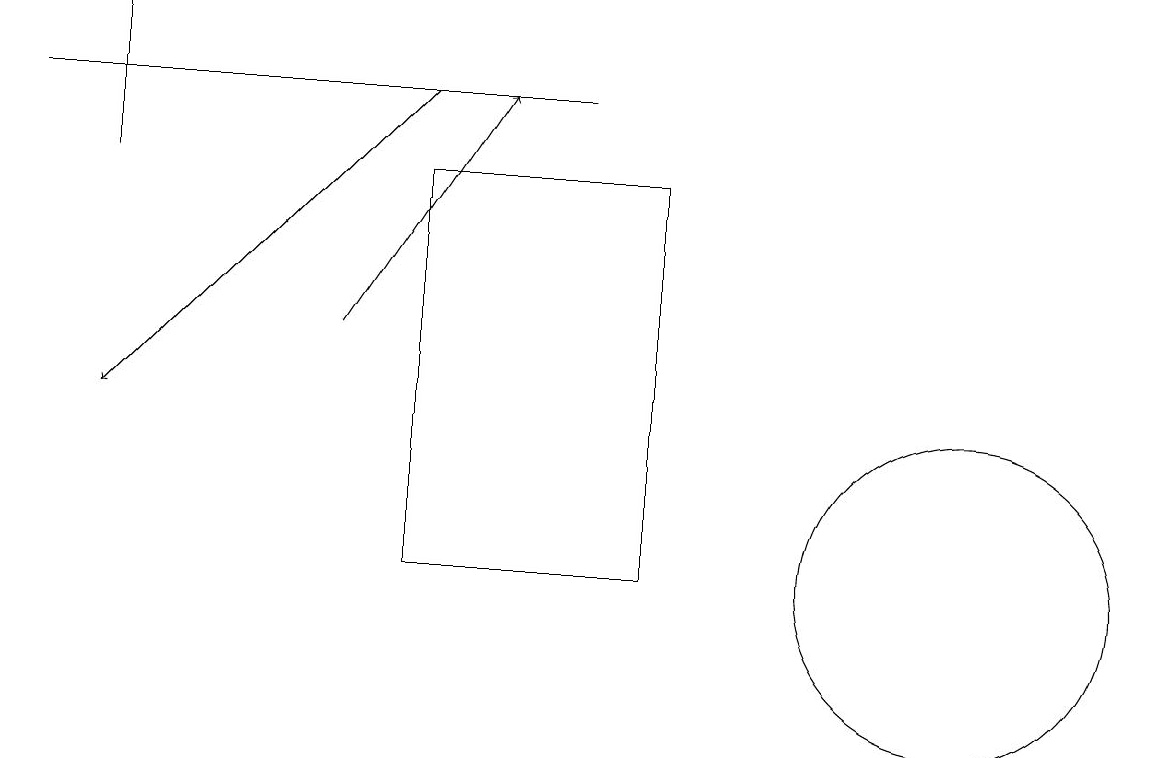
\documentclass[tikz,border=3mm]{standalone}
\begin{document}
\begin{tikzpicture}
\draw (11,11) circle (0);
\draw[->] (5,18) -- (1,14);
\draw (5,12) rectangle (8,17);
\draw[->] (4,15) -- (6,18);
\draw (7,18) rectangle (0,18);
\draw (1,19) rectangle (1,17);
\draw (12,12) circle (2);
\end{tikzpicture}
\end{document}